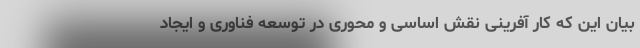
بیان این که کار آفرینی نقش اساسی و محوری در توسعه فناوری و ایجاد